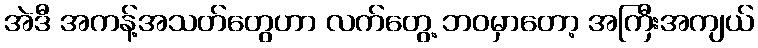
အဲဒီ အကန့်အသတ်တွေဟာ လက်တွေ့ ဘဝမှာတော့ အကြီးအကျယ်